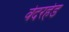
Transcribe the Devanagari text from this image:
वेदरहेड